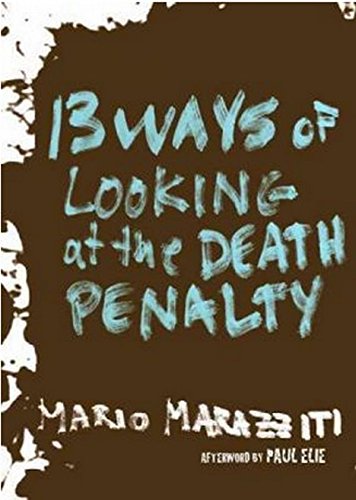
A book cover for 13 Ways of Looking at the Death Penalty; Mario Marazziti; Law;